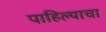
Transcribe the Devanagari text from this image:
पाहिल्याचा